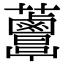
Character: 𧅸